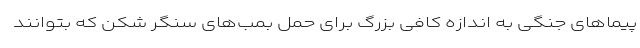
پیماهای جنگی به اندازه کافی بزرگ برای حمل بمب‌های سنگر شکن که بتوانند